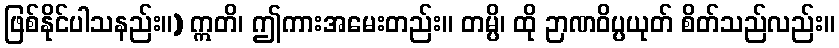
ဖြစ်နိုင်ပါသနည်း။) ဣတိ၊ ဤကားအမေးတည်း။ တမ္ပိ၊ ထို ဉာဏဝိပ္ပယုတ် စိတ်သည်လည်း။